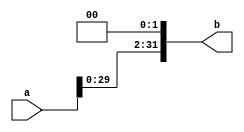
module OSHL2(input [31:0] a, output[31:0]b);//shl and combine
reg [31:0] an;


always@(*)
begin
 an[31:0]=a[31:0];
 an=an<<2;
end
 assign b=an;
endmodule